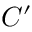
C ^ { \prime }